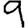
Digit: 9